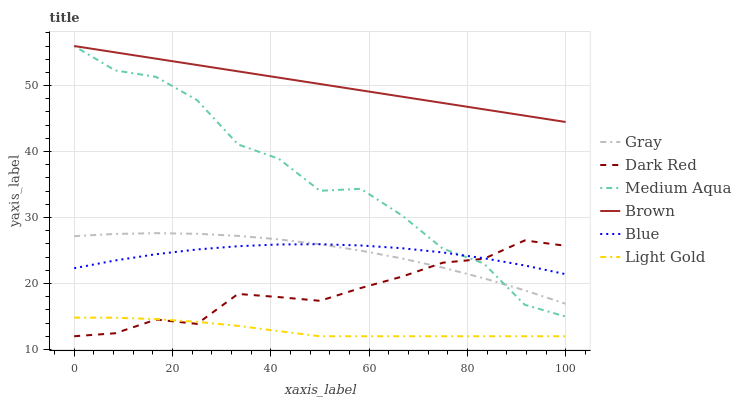
| xaxis_label | Gray | Dark Red | Medium Aqua | Brown | Blue | Light Gold |
 | --- | --- | --- | --- | --- | --- | --- |
 | 0 | 27.2 | 12 | 56 | 56 | 22.3 | 14.8 |
 | 8.33 | 27.5 | 12.5 | 52.3 | 55 | 23.5 | 14.8 |
 | 16.7 | 27.6 | 14.5 | 51.3 | 54.1 | 24.4 | 14.6 |
 | 25 | 27.5 | 13.9 | 47.8 | 53.1 | 25.2 | 14.2 |
 | 33.3 | 27.2 | 18.4 | 41.1 | 52.2 | 25.6 | 13.6 |
 | 41.7 | 26.7 | 17.9 | 38.9 | 51.2 | 25.9 | 12.8 |
 | 50 | 25.9 | 17.4 | 34.1 | 50.2 | 26 | 12 |
 | 58.3 | 25 | 19.3 | 34.4 | 49.3 | 25.8 | 12 |
 | 66.7 | 23.8 | 21 | 30.3 | 48.3 | 25.3 | 12 |
 | 75 | 22.4 | 23.2 | 25.3 | 47.4 | 24.7 | 12 |
 | 83.3 | 20.8 | 23.7 | 23 | 46.4 | 23.8 | 12 |
 | 91.7 | 19 | 26.5 | 16.8 | 45.4 | 22.7 | 12 |
 | 100 | 16.9 | 25.7 | 15 | 44.5 | 21.4 | 12 |